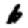
Digit: 6